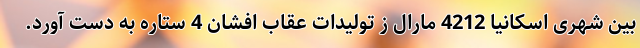
بین شهری اسکانیا 4212 مارال ز تولیدات عقاب افشان 4 ستاره به دست آورد.